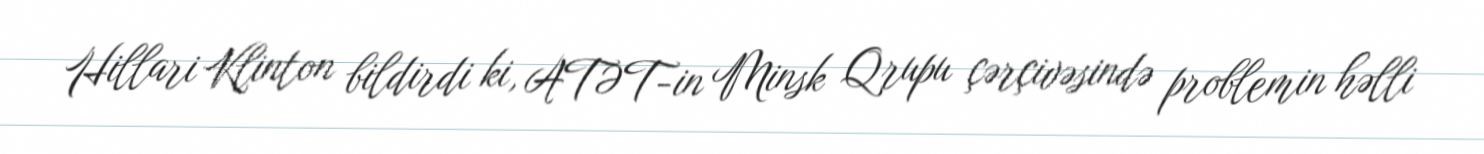
Hillari Klinton bildirdi ki, ATƏT-in Minsk Qrupu çərçivəsində problemin həlli